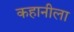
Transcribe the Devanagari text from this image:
कहानीला